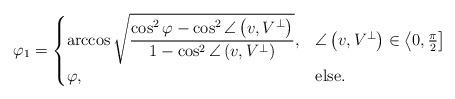
LaTeX: \begin{align*}\varphi_{1}=\begin{cases}\arccos\sqrt{{\displaystyle \frac{\cos^{2}\varphi-\cos^{2}\angle\left(v,V^{\bot}\right)}{1-\cos^{2}\angle\left(v,V^{\bot}\right)}}}, & \angle\left(v,V^{\bot}\right)\in\left\langle 0,\frac{\pi}{2}\right]\\\varphi, & \mbox{else}.\end{cases}\end{align*}